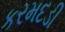
કરમદડી